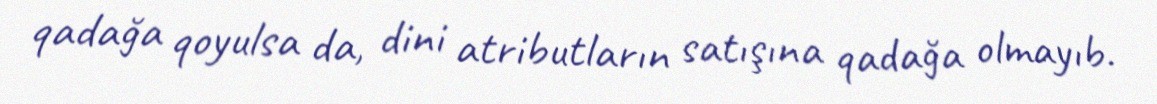
qadağa qoyulsa da, dini atributların satışına qadağa olmayıb.